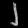
Digit: ၂